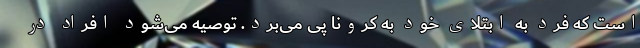
است که فرد به ابتلای خود به کرونا پی می‌برد. توصیه می‌شود افراد در